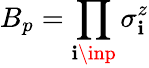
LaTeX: B_{p}=\prod_{\mathbf{i}\inp}\sigma_{\mathbf{i}}^{z}